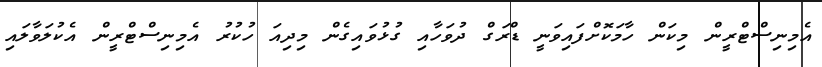
އެމިނިސްޓްރީން މިކަން ހާމަކޮށްފައިވަނީ ޑްރަގް ދުވަހާއި ގުޅުވައިގެން މިދިއަ ހުކުރު އެމިނިސްޓްރީން އެކުލަވާލައި